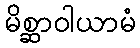
မိစ္ဆာဝါယာမံ